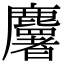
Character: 𪋰